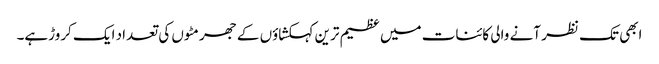
ابھی تک نظر آنے والی کائنات میں عظیم ترین کہکشاؤں کے جھرمٹوں کی تعداد ایک کروڑہے۔